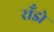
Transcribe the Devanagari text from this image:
राँझे